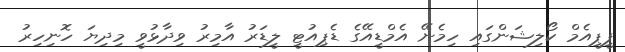
ޕީޕީއެމް ކޯލިޝަންގައި ހިމެނޭ އެމްޑީއޭގެ ޑެޕިއުޓީ ލީޑަރު އާމިރު ވިދާޅުވީ މިދިޔަ ހޮނިހިރު